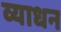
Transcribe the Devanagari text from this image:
व्याधन